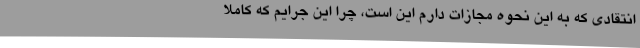
انتقادی که به این نحوه مجازات دارم این است، چرا این جرایم که کاملا